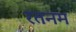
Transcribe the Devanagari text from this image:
रतनम